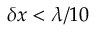
\delta x < \lambda / 1 0